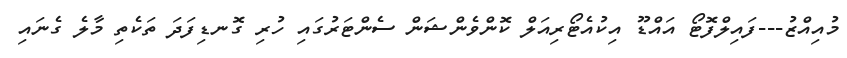
މުއިއްޒު---ފައިލްފޮޓޯ އައްޑޫ އިކުއެޓޯރިއަލް ކޮންވެންޝަން ސެންޓަރުގައި ހުރި ގޮނޑިފަދަ ތަކެތި މާލެ ގެނައި